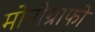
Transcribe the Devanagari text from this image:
मोनोग्राफो